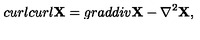
c u r l c u r l { \bf X } = g r a d d i v { \bf X } - { \bf \nabla } ^ { 2 } { \bf X } ,